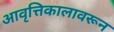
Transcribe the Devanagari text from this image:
आवृत्तिकालावरून